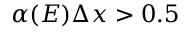
\alpha ( E ) \Delta x > 0 . 5